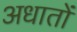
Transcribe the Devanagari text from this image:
अधातों